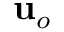
\mathbf { u } _ { o }